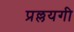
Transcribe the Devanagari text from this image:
प्रल्लयगी